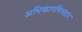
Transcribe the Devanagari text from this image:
अधिकारविस्तार